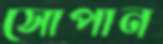
সোপান